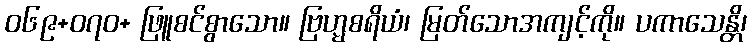
ဝ၆၉+၀၇ဝ+ ဖြူစင်စွာသော။ ဗြဟ္မစရိယံ၊ မြတ်သောအကျင့်ကို။ ပကာသေန္တိ၊